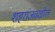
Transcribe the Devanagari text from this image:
शहरांजवळील